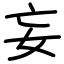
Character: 妄